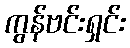
ကွန်ဗင်းရှင်း